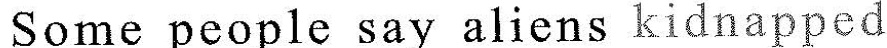
Some people say aliens kidnapped